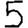
Digit: 5